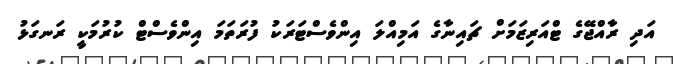
އަދި ރާއްޖޭގެ ޓްއަރިޒަމަށް ޗައިނާގެ އަމިއްލަ އިންވެސްޓަރަކު ފުރަތަމަ އިންވެސްޓް ކުރުމަކީ ރަނގަޅު